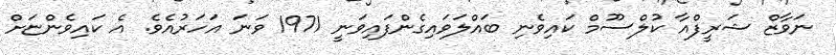
ނަވާޒް ޝަރީފްއާ ކުލްސޫމް ކައިވެނި ބައްލަވައިގެންފައިވަނީ 1971 ވަނަ އަހަރުއެވެ. އެ ކައިވެންޏަށް